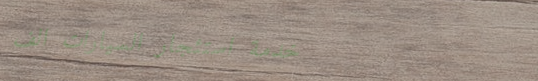
خدمة استئجار السيارات الف